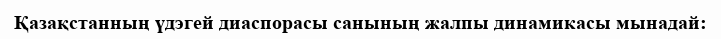
Қазақстанның үдэгей диаспорасы санының жалпы динамикасы мынадай: